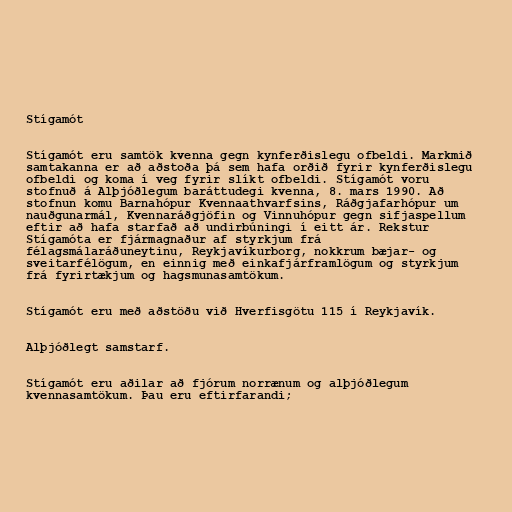
Stígamót

Stígamót eru samtök kvenna gegn kynferðislegu ofbeldi. Markmið
samtakanna er að aðstoða þá sem hafa orðið fyrir kynferðislegu
ofbeldi og koma í veg fyrir slíkt ofbeldi. Stígamót voru
stofnuð á Alþjóðlegum baráttudegi kvenna, 8. mars 1990. Að
stofnun komu Barnahópur Kvennaathvarfsins, Ráðgjafarhópur um
nauðgunarmál, Kvennaráðgjöfin og Vinnuhópur gegn sifjaspellum
eftir að hafa starfað að undirbúningi í eitt ár. Rekstur
Stígamóta er fjármagnaður af styrkjum frá
félagsmálaráðuneytinu, Reykjavíkurborg, nokkrum bæjar- og
sveitarfélögum, en einnig með einkafjárframlögum og styrkjum
frá fyrirtækjum og hagsmunasamtökum.

Stígamót eru með aðstöðu við Hverfisgötu 115 í Reykjavík.

Alþjóðlegt samstarf.

Stígamót eru aðilar að fjórum norrænum og alþjóðlegum
kvennasamtökum. Þau eru eftirfarandi;